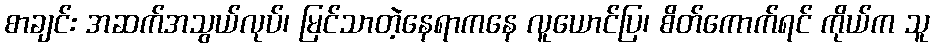
စာချင်း အဆက်အသွယ်လုပ်၊ မြင်သာတဲ့နေရာကနေ လူယောင်ပြ၊ စိတ်ကောက်ရင် ကိုယ်က သူ